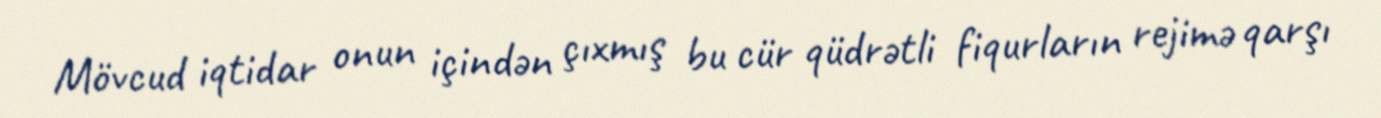
Mövcud iqtidar onun içindən çıxmış bu cür qüdrətli fiqurların rejimə qarşı